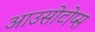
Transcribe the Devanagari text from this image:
आउसोटोप्स